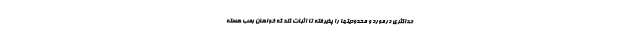
حداکثری درمورد و محدودیتها را پذیرفته تا اثبات کند که خواهان بمب هسته